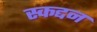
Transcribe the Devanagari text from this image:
स्कद्दन